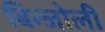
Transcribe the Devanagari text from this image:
बिन्जोली